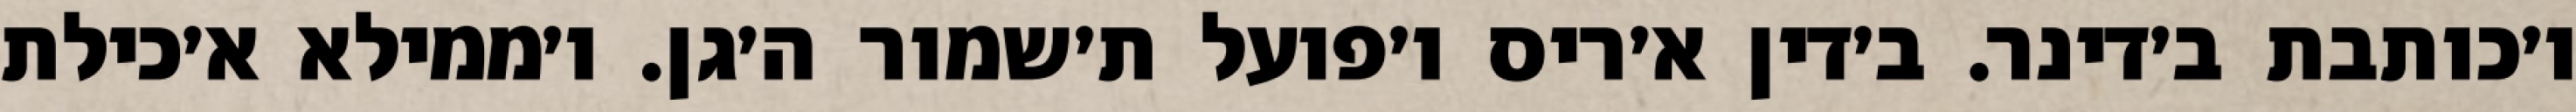
ו׳כותבת ב׳דינר. ב׳דין א׳ריס ו׳פועל ת׳שמור ה׳גן. ו׳ממילא א׳כילת